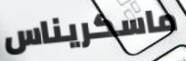
ماسكريناس